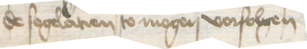
de segelatien to mogen vorfolgen